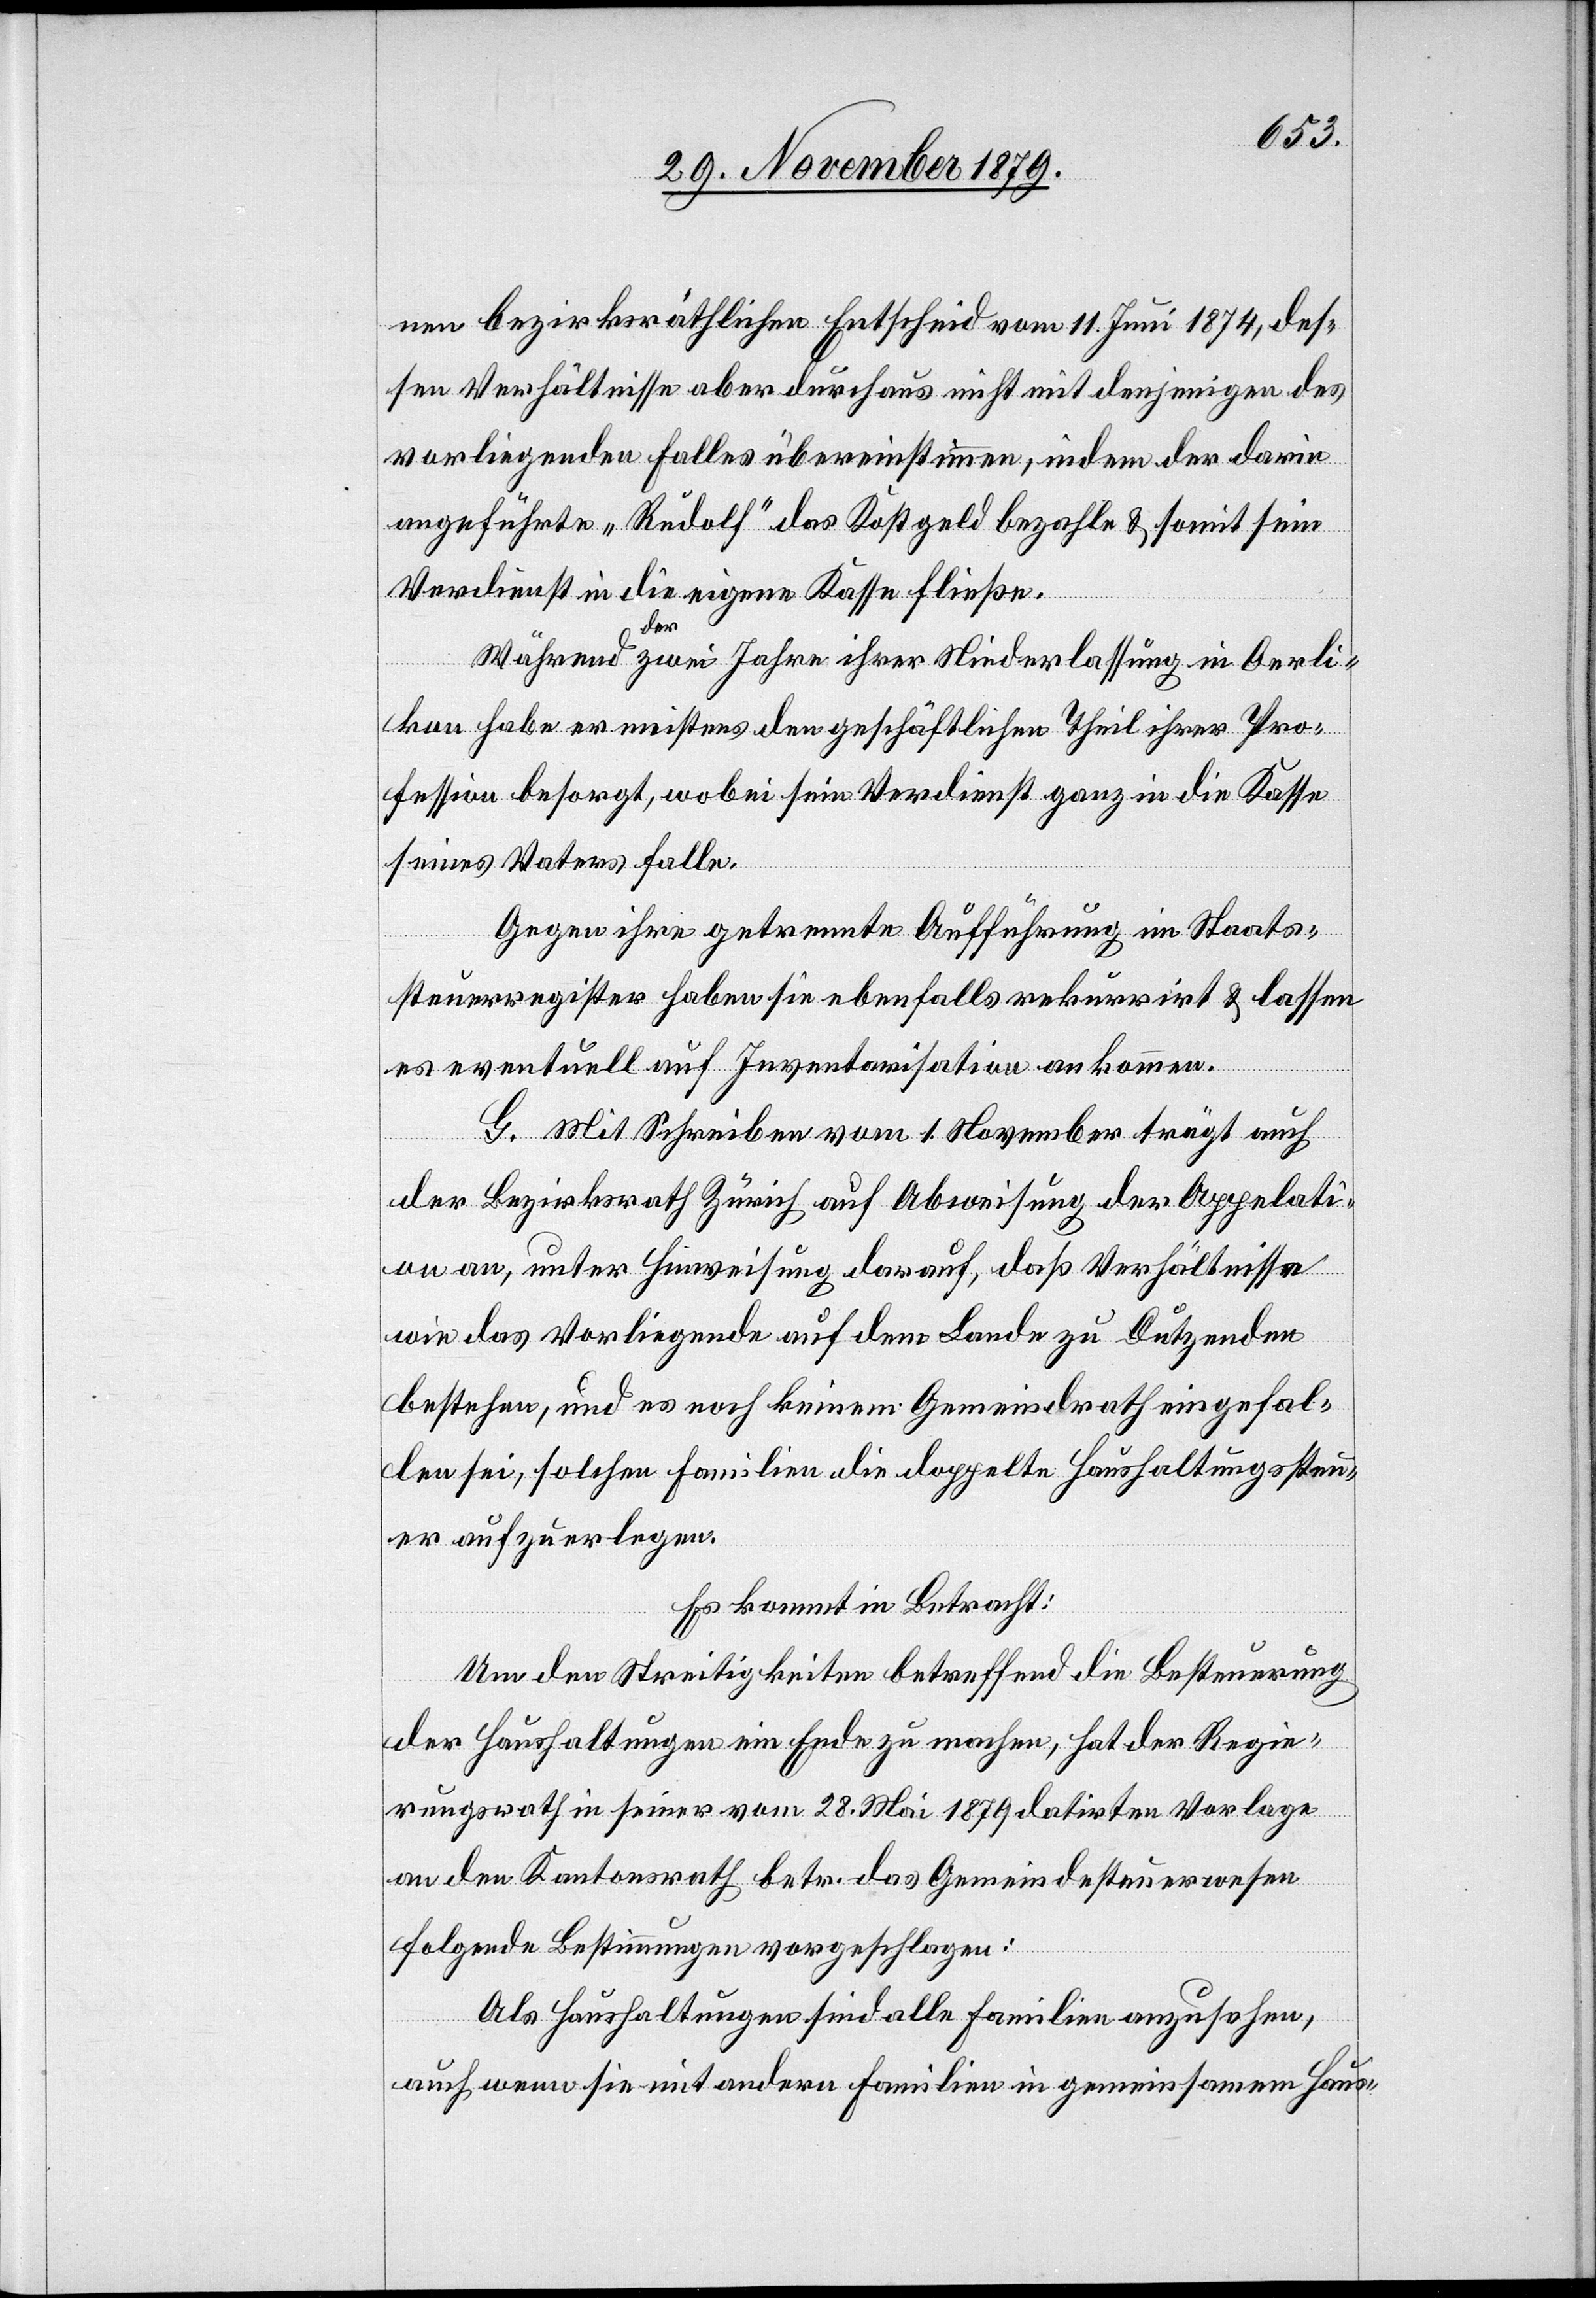
nen bezirksräthlichen Entscheid vom 11. Juni 1874, des¬
sen Verhältnisse aber durchaus nicht mit denjenigen des
vorliegenden Falles übereinstimmen, indem der darin
angeführte „Rudolf“ das Kostgeld bezahle & somit sein
Verdienst in die eigene Kasse fließe.
Während der zwei Jahre ihrer Niederlassung in Oerli¬
kon habe er meistens den geschäftlichen Theil ihrer Pro¬
fession besorgt, wobei sein Verdienst ganz in die Kasse
seines Vaters falle.
Gegen ihre getrennte Aufführung im Staats¬
steuerregister haben sie ebenfalls rekurrirt & lassen
es eventuell auf Inventarisation ankommen.
G. Mit Schreiben vom 1. November trägt auch
der Bezirksrath Zürich auf Abweisung der Appellati¬
on an, unter Hinweisung darauf, daß Verhältnisse
wie das vorliegende auf dem Lande zu Dutzenden
bestehen, und es noch keinem Gemeindrath eingefal¬
len sei, solchen Familien die doppelte Haushaltungssteu¬
er aufzuerlegen.
Es kommt in Betracht:
Um den Streitigkeiten betreffend die Besteuerung
der Haushaltungen ein Ende zu machen hat der Regie¬
rungsrath in seiner vom 28. Mai 1879 datirten Vorlage
an den Kantonsrath betr. das Gemeindesteuerwesen
folgende Bestimmungen vorgeschlagen:
„Als Haushaltungen sind alle Familien anzusehen,
auch wenn die mit andern Familien in gemeinsamem Haus-